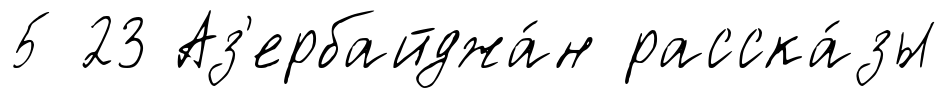
5 23 Аз'ербайджа́н расска́зы